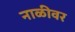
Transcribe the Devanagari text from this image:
नाळीवर